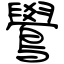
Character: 鷽